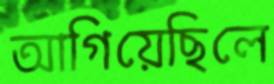
আগিয়েছিলে